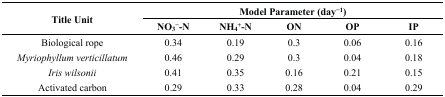
| <ROWSPAN=2> Title Unit | <COLSPAN=5> Model Parameter (day−1) |
 | NO3−-N | NH4+-N | ON | OP | IP |
 | --- | --- | --- | --- | --- | --- |
 | Biological rope | 0.34 | 0.19 | 0.3 | 0.06 | 0.16 |
 | Myriophyllum verticillatum | 0.46 | 0.29 | 0.3 | 0.04 | 0.18 |
 | Iris wilsonii | 0.41 | 0.35 | 0.16 | 0.21 | 0.15 |
 | Activated carbon | 0.29 | 0.33 | 0.28 | 0.04 | 0.29 |